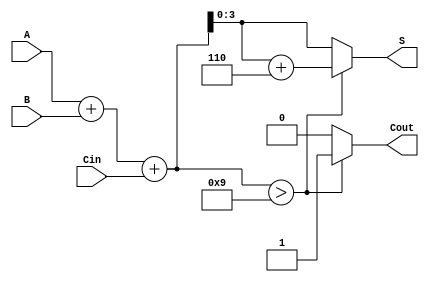
module bcd_ripple_carry_adder (
    input [3:0] A,      // BCD input A
    input [3:0] B,      // BCD input B
    input Cin,          // Carry input
    output reg [3:0] S, // BCD sum output
    output reg Cout     // Carry output
);

    wire [4:0] sum;     // Intermediate sum (5 bits to accommodate carry)

    // Calculate the initial binary sum
    assign sum = A + B + Cin;

    // BCD Correction Logic
    always @(*) begin
        if (sum > 9) begin
            S = sum + 6; // Apply BCD correction
            Cout = 1;    // Set carry out
        end else begin
            S = sum[3:0]; // No correction needed
            Cout = 0;     // No carry out
        end
    end

endmodule